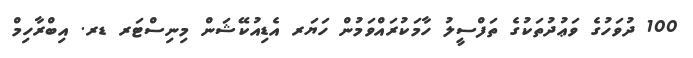
100 ދުވަހުގެ ވަޢުދުތަކުގެ ތަފްސީލު ހާމަކުރައްވަމުން ހަޔަރ އެޑިއުކޭޝަން މިނިސްޓަރ ޑރ. އިބްރާހިމް